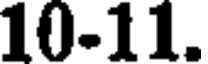
10-11.